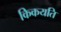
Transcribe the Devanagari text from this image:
किकयति